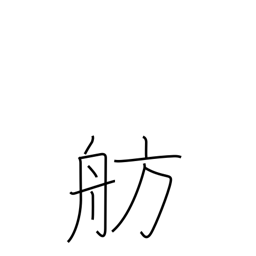
Meaning: berth